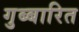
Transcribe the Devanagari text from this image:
गुब्बारित